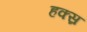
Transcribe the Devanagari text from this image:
हक्स्र